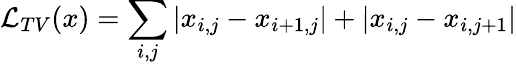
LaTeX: \mathcal{L}_{TV}(x)=\sum_{i,j}\left|x_{i,j}-x_{i+1,j}\right|+\left|x_{i,j}-x_{i,j+1}\right|